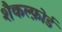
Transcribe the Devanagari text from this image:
शैकल्फ़ोर्ड